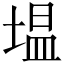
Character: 塭